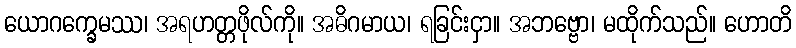
ယောဂက္ခေမဿ၊ အရဟတ္တဖိုလ်ကို။ အဓိဂမာယ၊ ရခြင်းငှာ။ အဘဗ္ဗော၊ မထိုက်သည်။ ဟောတိ